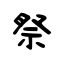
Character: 祭